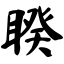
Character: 睽